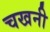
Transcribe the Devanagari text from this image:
चखनी